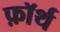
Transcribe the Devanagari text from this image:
फ़ाॅर्थ